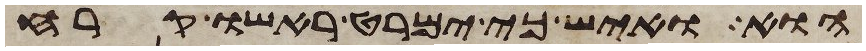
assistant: הוא ואיש כי ימרט ראשו קרח